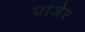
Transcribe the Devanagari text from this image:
पांजेर